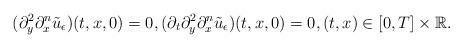
LaTeX: \begin{align*}(\partial^2_{y}\partial^n_x\tilde{u}_\epsilon)(t, x, 0)=0,(\partial_t\partial^2_{y}\partial^n_x\tilde{u}_\epsilon)(t, x, 0)=0,(t, x)\in [0, T]\times \mathbb{R}.\end{align*}